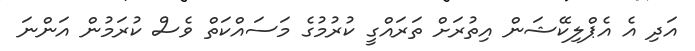
އަދި އެ އެޕްލިކޭޝަން އިތުރަށް ތަރައްގީ ކުރުމުގެ މަސައްކަތް ވެސް ކުރަމުން އަންނަ